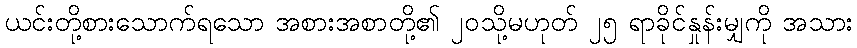
ယင်းတို့စားသောက်ရသော အစားအစာတို့၏ ၂၀သို့မဟုတ် ၂၅ ရာခိုင်နှုန်းမျှကို အသား